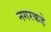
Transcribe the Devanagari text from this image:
नगरकडे